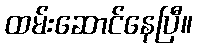
ထမ်းဆောင်နေပြီ။